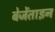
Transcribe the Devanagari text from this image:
बेजेंताइन